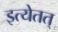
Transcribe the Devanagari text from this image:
इत्येतत्